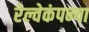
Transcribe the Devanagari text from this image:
रेल्वेकंपन्या